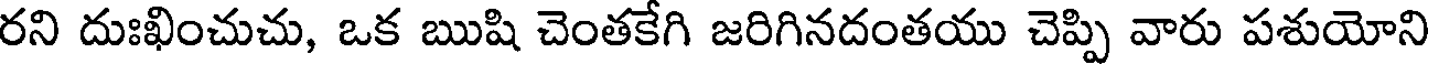
రని దుఃఖించుచు, ఒక ఋషి చెంతకేగి జరిగినదంతయు చెప్పి వారు పశుయోని